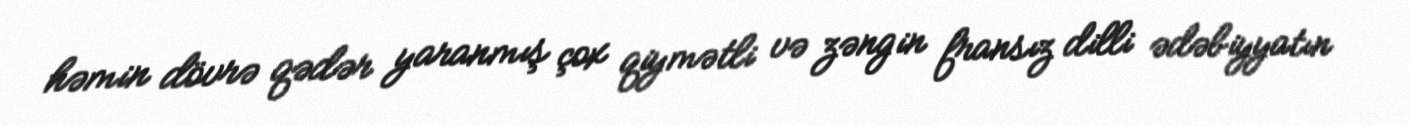
həmin dövrə qədər yaranmış çox qiymətli və zəngin fransız dilli ədəbiyyatın